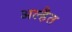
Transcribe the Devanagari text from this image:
अल्हैत